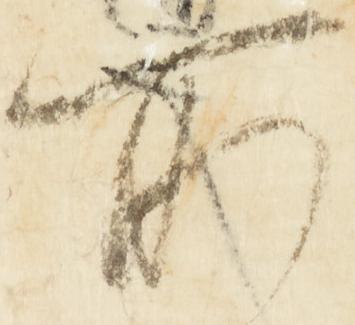
所